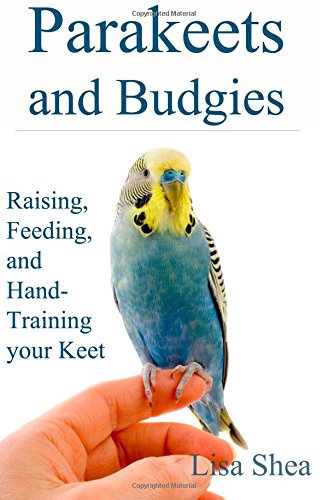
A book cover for Parakeets And Budgies - Raising, Feeding, And Hand-Training Your Keet; Lisa Shea; Crafts, Hobbies & Home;